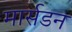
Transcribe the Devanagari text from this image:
मार्सडन